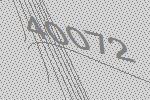
40072